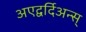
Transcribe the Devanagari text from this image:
अएद्वर्दिअन्स्